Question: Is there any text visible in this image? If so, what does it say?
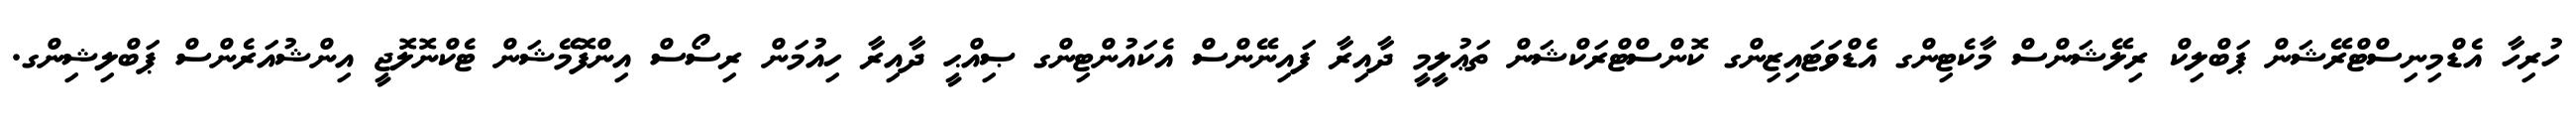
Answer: ހުރިހާ އެޑްމިނިސްޓްރޭޝަން ޕަބްލިކް ރިލޭޝަންސް މާކެޓިންގ އެޑްވަޓައިޒިންގ ކޮންސްޓްރަކްޝަން ތަޢުލީމީ ދާއިރާ ފައިނޭންސް އެކައުންޓިންގ ޞިއްޙީ ދާއިރާ ހިއުމަން ރިސޯސް އިންފޮމޭޝަން ޓެކްނޮލޮޖީ އިންޝުއަރެންސް ޕަބްލިޝިންގ.